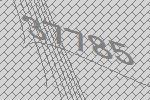
37785